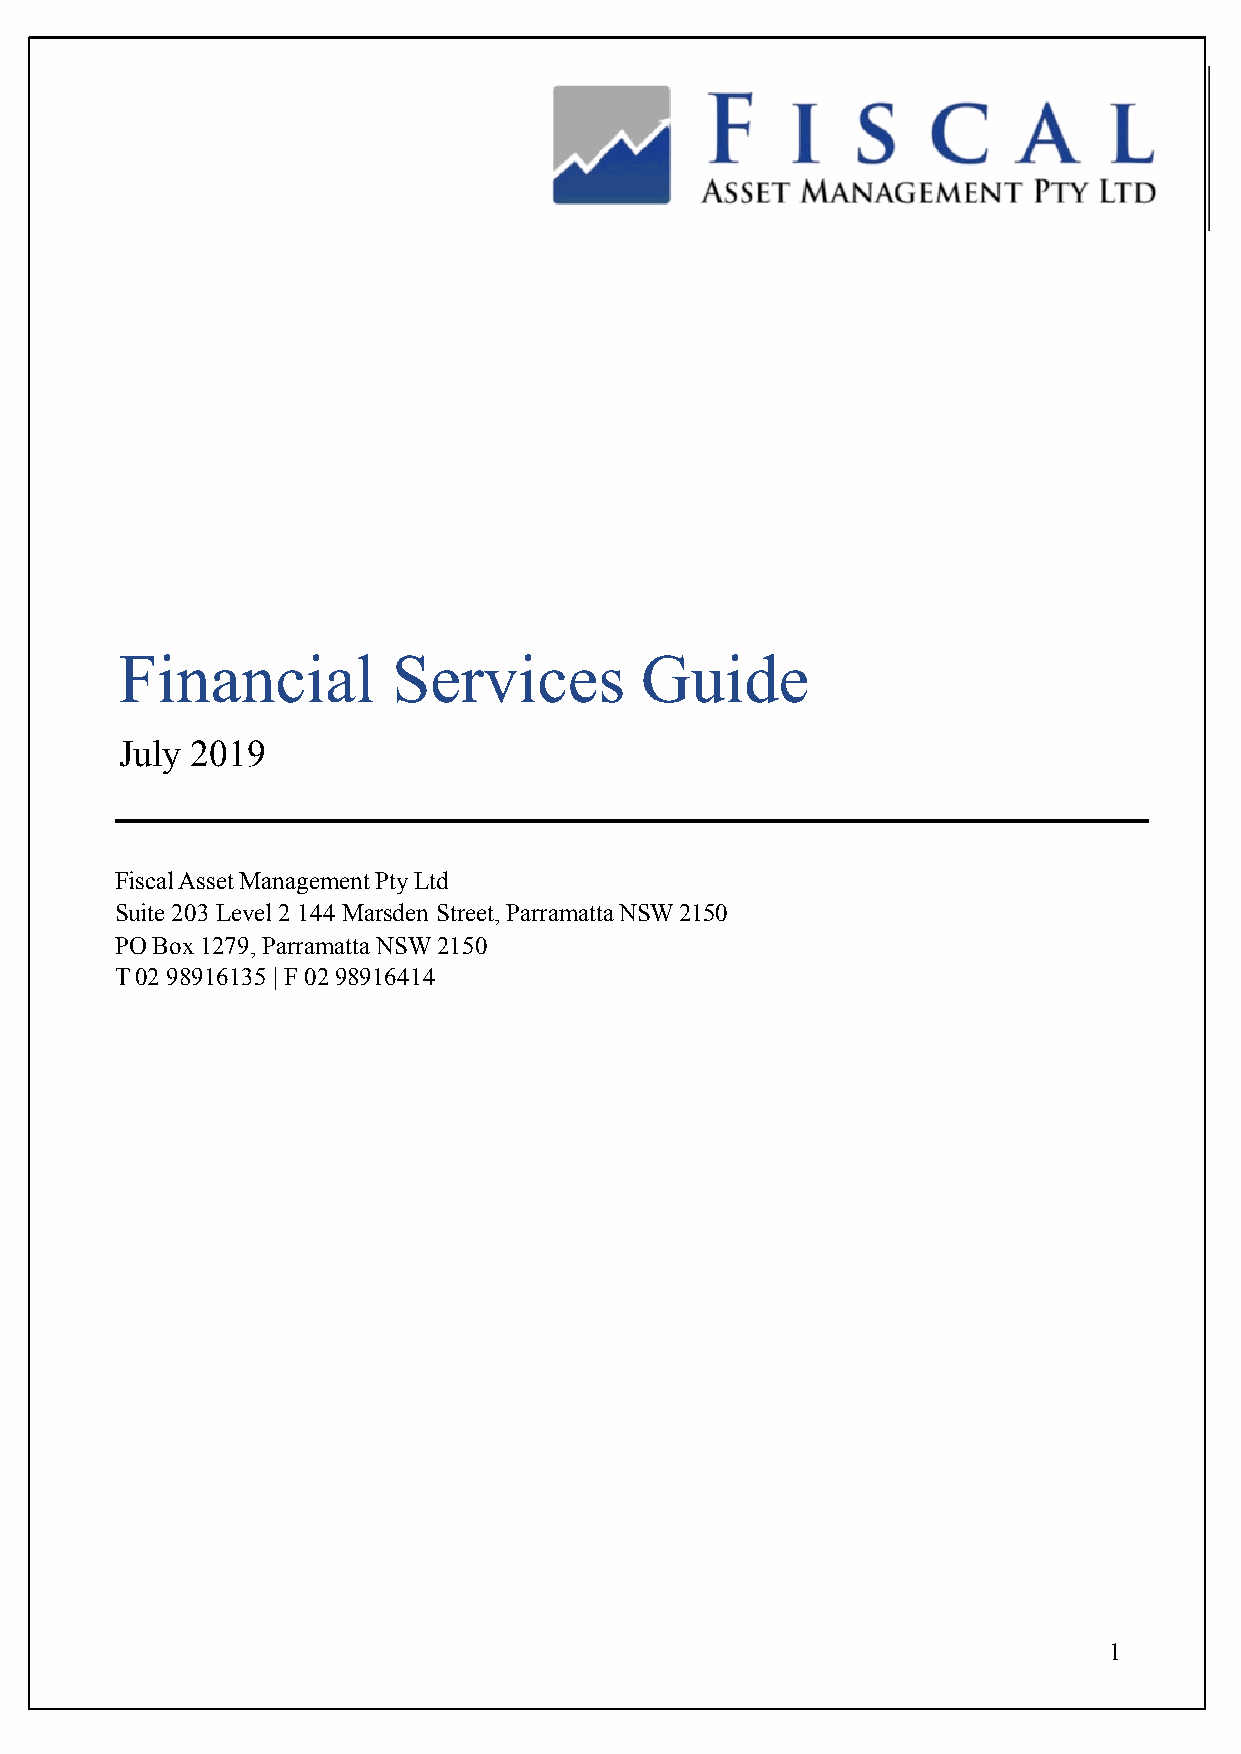
Financial         Services        Guide
 July 2019
 Fiscal Asset Management Pty Ltd
 Suite 203 Level 2 144 Marsden Street, Parramatta NSW 2150
 PO Box 1279, Parramatta NSW 2150
 T 02 98916135 | F 02 98916414
 1